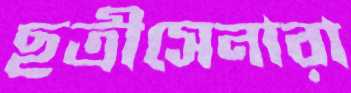
ছত্রীসেনারা